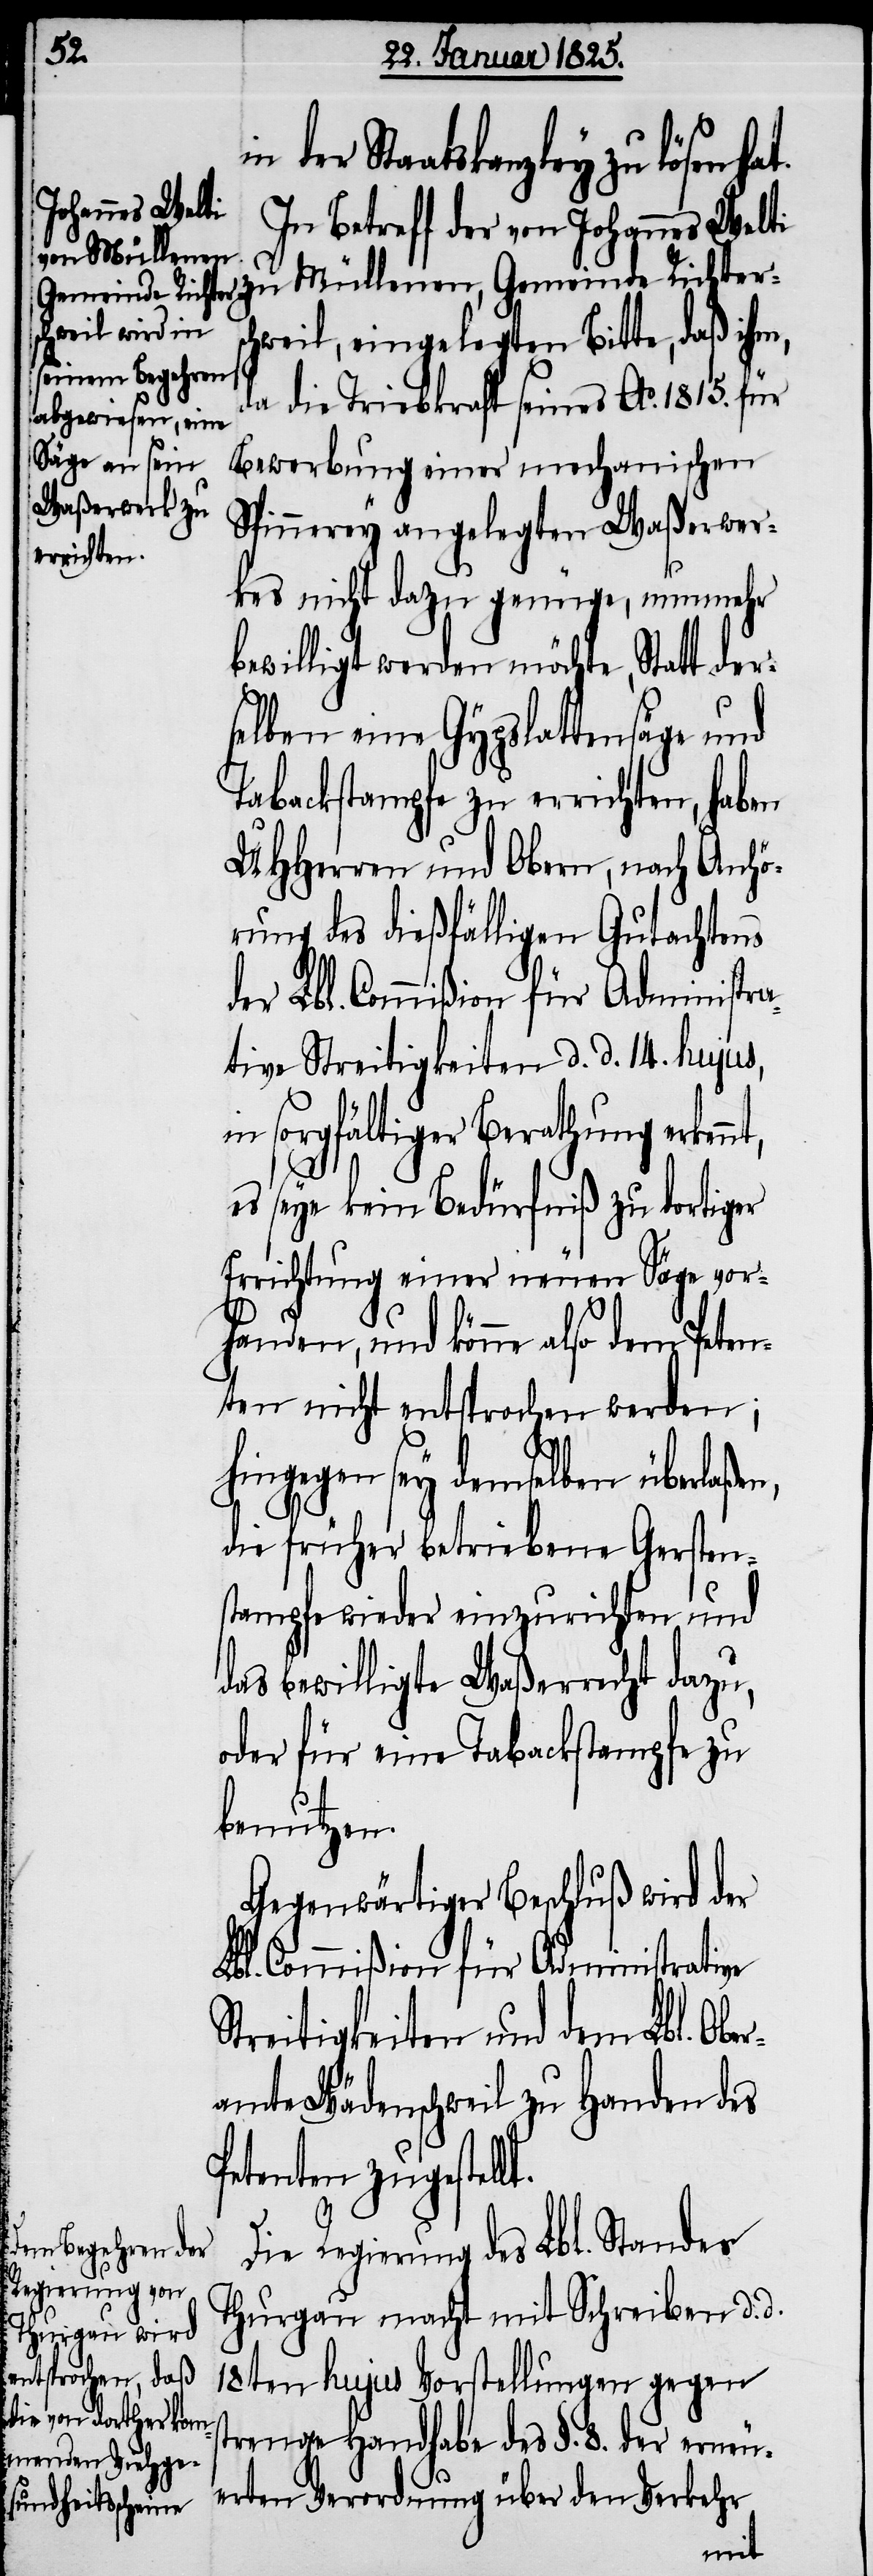
nt,

in der Staatskanzley zu
In Betreff der von Johannes Welti
zu Müllenen, Gemeinde Richtersc¬
hweil, eingelegten Bitte, daß ih¬
t.
da die Triebkraft seines Ao. 1815. für
Bewerbung einer mechanischen
Spinnerey angelegten Waßerwer¬
kes nicht dazu genüge, nunmehr
bewilligt werden möchte, Statt der¬
selben eine Gypslattensäge und
Tabackstampfe zu errichten, haben
UHHerren und Obern, nach Anhö¬
rung des dießfälligen Gutachtens
der Lbl. Commißion für Administra¬
tive Streitigkeiten d. d. 14. hujus,
in sorgfältiger Berathung erken¬
es seye kein Bedürfniß zu dortiger
Errichtung einer neuen Säge vor¬
handen, und könne also dem Peten¬
ten nicht entsprochen werden;
hingegen sey demselben überlaße¬
die früher betriebene Gersten¬
stampfe wieder einzurichten und
das bewilligte Waßerrecht dazu,
oder für eine Tabackstampfe zu
benutzen.
Gegenwärtiger Beschluß wird der
Lbl. Commißion für Administrative
Streitigkeiten und dem Lbl. Ober¬
amte Wädenschweil zu Handen des
Petenten zugestell¬
Die Regierung des Lbl. Standes
Thurgau macht mit Schreiben d. d.
18ten hujus Vorstellungen gegen
strenge Handhabe des §. 8. der erneu¬
erten Verordnung über den Verkehr